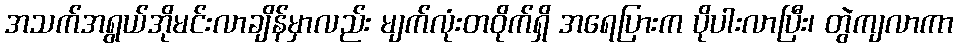
အသက်အရွယ်အိုမင်းလာချိန်မှာလည်း မျက်လုံးတဝိုက်ရှိ အရေပြားက ပိုပါးလာပြီး၊ တွဲကျလာကာ